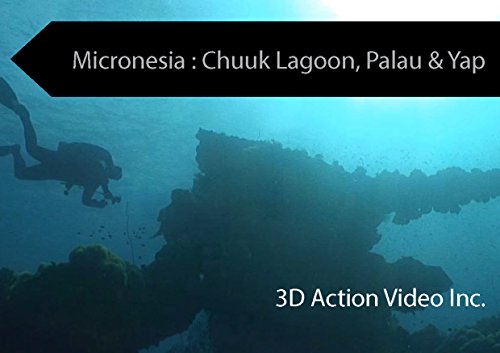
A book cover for Micronesia : Chuuk Lagoon, Palau & Yap (Travel Guide, Dive Guide, Dive); 3D Action Video Inc.; Travel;